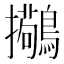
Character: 𫛒